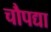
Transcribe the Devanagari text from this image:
चौपद्या